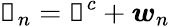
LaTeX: \boldsymbol{\mathscr{W}}_{n}=\boldsymbol{\mathscr{W}}^{c}+\boldsymbol{w}_{n}